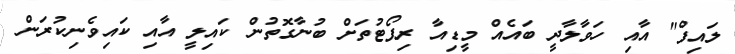
ލައިފް" އާއި ހަވާލާދީ ބައެއް މީޑިއާ ރިޕޯޓުތަށް ބުނާގޮތުން ކައިލީ އާއި ކައިވެނިކުރަން